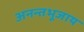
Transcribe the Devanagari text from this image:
अनन्तभूजाय